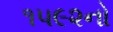
૧૫૯૨નો